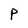
Character: P